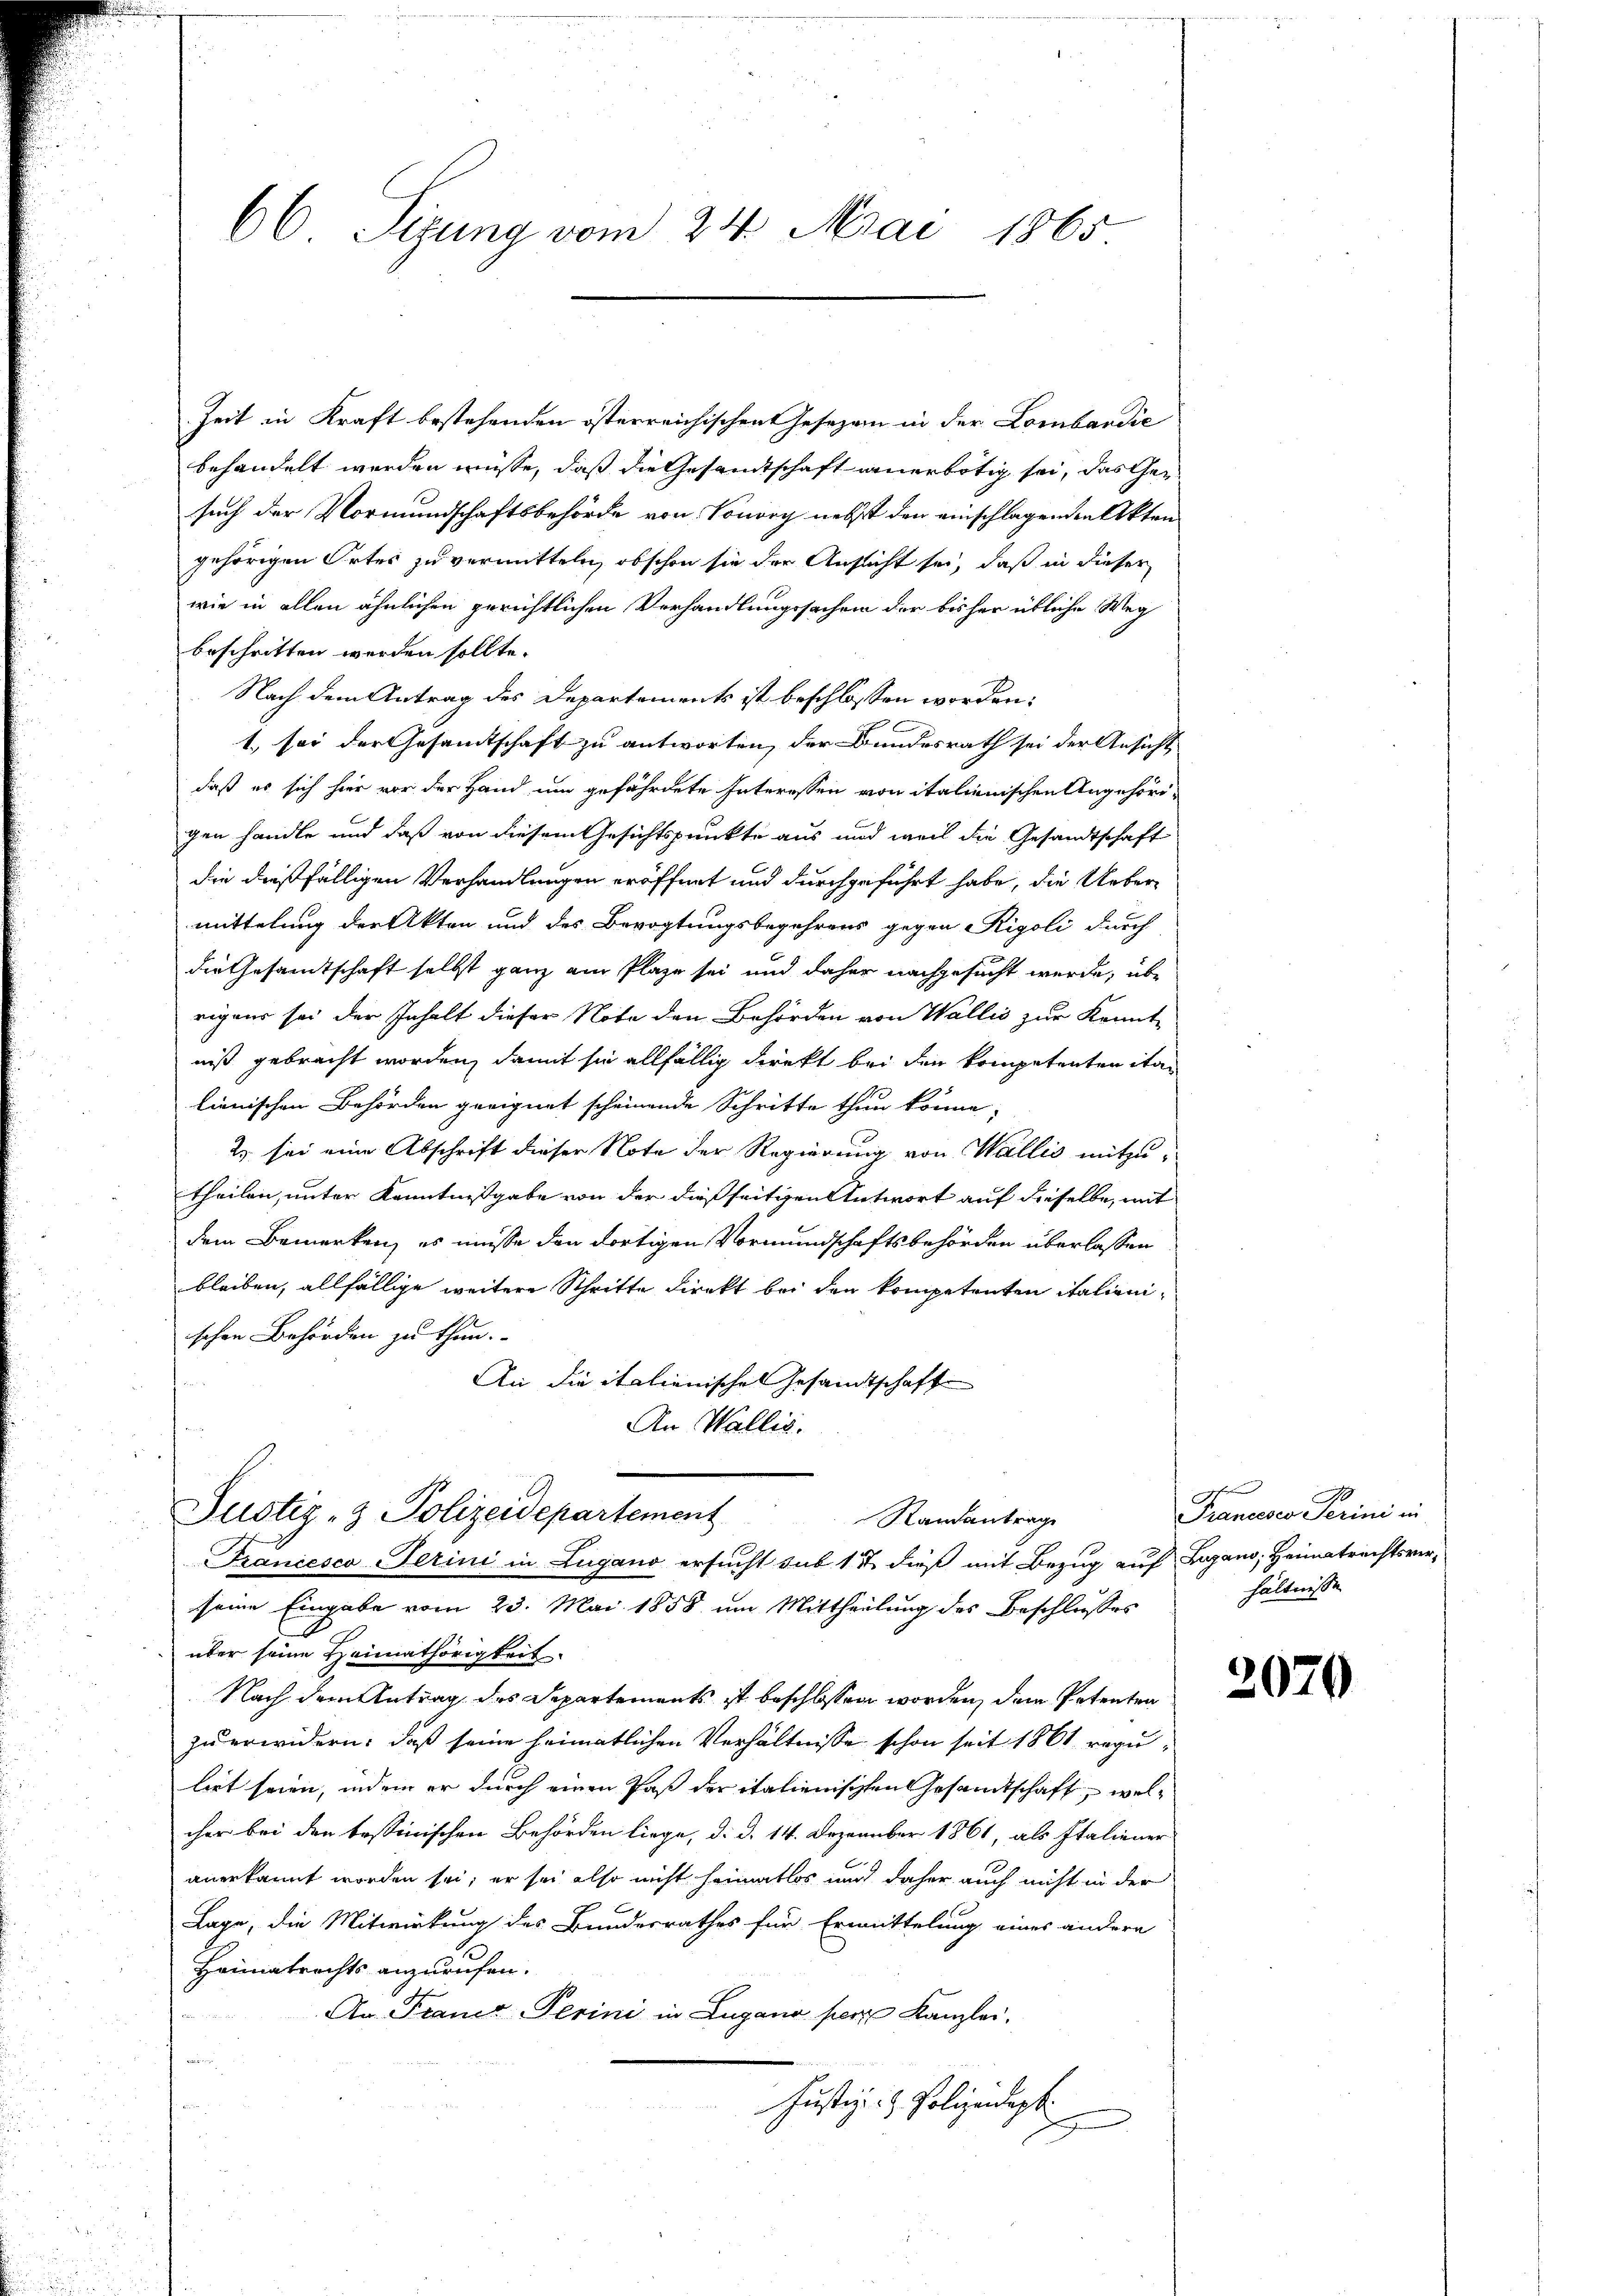
66 Sizung vom 24. Mai 1865.

Zeit in Kraft bestehenden österreichischen Gesezen in der Lombandie
behandelt werden müsse, daß die Gesandtschaft anerbötig sei, das Gesuch der Vormundschaftsbehörde von Sonorg nebst den einschlagenden Akten
gehörigen Ortes zu vermitteln, ob schon sie der Ansicht sei, daß in dieser
wie in allen ähnlichen gerichtlichen Verhandlungssachen der bisher übliche Weg
beschritten werden sollte.
Nach dem Antrag des Departements ist beschlossen worden.
1. sei der Gesamtschaft zu antworten, der Bundesrath sei der Ansicht
daß es sich hier vor der Hand um gefährdete Interessen von italienischen Angehörd-
gen handle und daß von diesem Gesichtspunkte aus und weil die Gesandtschaft
die dießfälligen Verhandlungen eröffnet und durchgeführt habe, die Uebermittelung der Akten und des Bevogtungsbegehrens gegen Rigoli durch
die Gesamtschaft selbst ganz am Plaze sei und daher nachgesucht werde, übe
rigens sei der Inhalt dieser Note den Behörden von Wallis zur Krant-
niß gebracht worden, damit sie allfällig direkt bei den kompetenten itan
lienischen Behörden geeignet scheinende Schritte thun könne;
2) sei eine Abschrift dieser Note der Regierung von Wallis mitzutheilen, unter Kenntnißgabe von der dießseitigen Antwort auf dieselbe, mit
dem Bemerken, es müsse den dortigen Vormundschaftsbehörden überlassen
bleiben, allfällige weitere Schritte direkt bei den kompetenten italienischen Behörden zu thun.
An die italienisches Gesandtschaft
An Wallis.

Justiz- & Polizeidepartement
Randantrage
Francesco Perini in Lugano ersucht sub 11 dieß mit Bezug auf Lugano, Heimatrechtsver¬

seine Eingabe vom 23. Mai 1858 um Mittheilung des Beschlusses
über seine Heimathörigkeit.
Nach dem Antrag des Departements ist beschlossen worden, dem Petenten
zu erwidern: daß seine heimatlichen Verhältnisse schon seit 1861 reguliet seien, indem er durch einen Past der italienischen Gesandtschaft, welcher bei den bessinischen Behörden liege, d. d. 14. Dezember 1861, als Italiener
anerkannt worden sei; er sei also nicht heimatlos und daher auch nicht in der
Lage, die Mitwirkung des Bundesrathes für Ermittelung eines andere
Haimmatrechts anzurufen.
An Frauer Perini in Lugano per Kanzlei.
a
Justiz- & Polizeidigt

sf
Francesco Perini in
hältnisse

2070